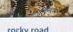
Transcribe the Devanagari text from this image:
शान्तिस्थापना